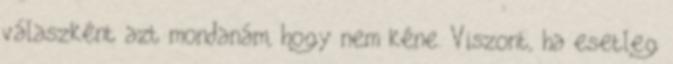
válaszként azt mondanám, hogy nem kéne. Viszont, ha esetleg